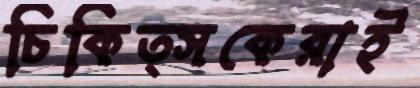
চিকিত্সকেরাই